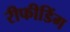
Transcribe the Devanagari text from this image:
रीफीडिंग